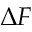
\Delta F